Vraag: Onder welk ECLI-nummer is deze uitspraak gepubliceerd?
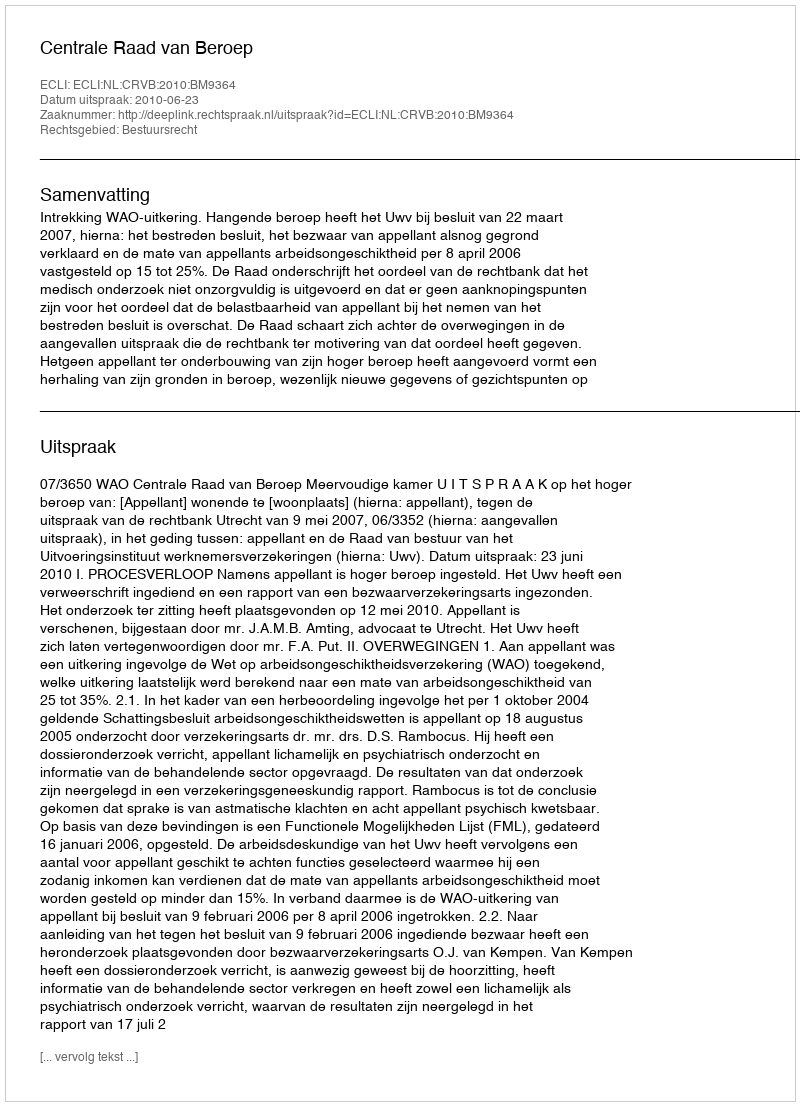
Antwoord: ECLI:NL:CRVB:2010:BM9364